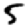
Digit: 5